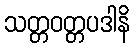
သတ္တဝတ္တပဒါနိ